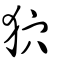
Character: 狖